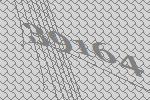
39164